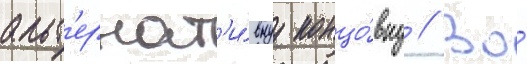
альт'ернат'и́внуу концо́вку // Во́